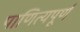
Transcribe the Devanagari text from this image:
पाणित्यपूर्ण